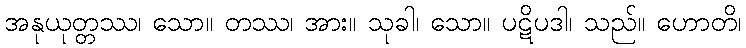
အနုယုတ္တဿ၊ သော။ တဿ၊ အား။ သုခါ၊ သော။ ပဋိပဒါ၊ သည်။ ဟောတိ၊